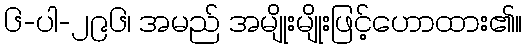
၆-ပါ-၂၉၆၊ အမည် အမျိုးမျိုးဖြင့်ဟောထား၏။